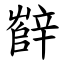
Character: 辥